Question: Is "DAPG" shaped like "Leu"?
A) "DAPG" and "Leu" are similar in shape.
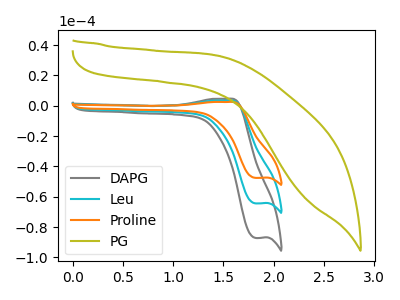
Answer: <think>The gray curve "DAPG" has an anodic peak at (1.55V, 4.60uA) and a cathodic peak at (1.80V, -87.15uA). The cyan curve "Leu" has an anodic peak at (1.55V, 3.40uA) and a cathodic peak at (1.80V, -64.40uA). The orange curve "Proline" has an anodic peak at (1.55V, 6.75uA) and a cathodic peak at (1.80V, -128.80uA). The olive curve "PG" has no peaks.
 All the peaks in "DAPG" have a peak in "Leu" at the same potential. Every peak in "DAPG" is higher than every peak in "Leu".</think>
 <answer>A) "DAPG" and "Leu" are similar in shape.</answer>
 <eval>A</eval>